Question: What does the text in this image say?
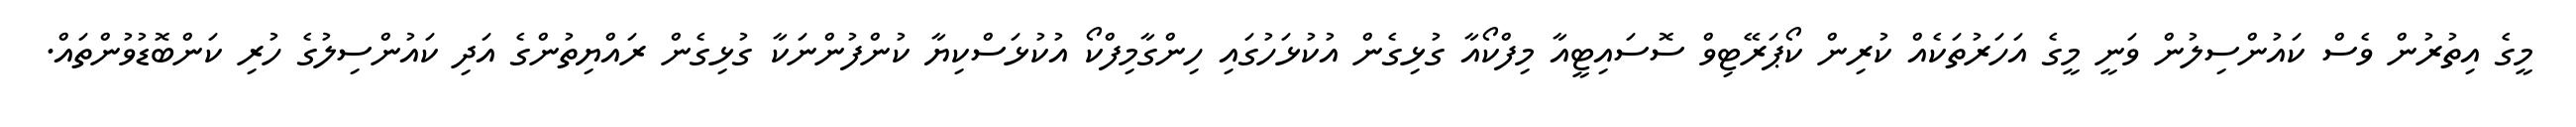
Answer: މީގެ އިތުރުން ވެސް ކައުންސިލުން ވަނީ މީގެ އަހަރުތަކެއް ކުރިން ކޯޕަރޭޓިވް ސޮސައިޓީއާ މިފްކޯއާ ގުޅިގެން އުކުޅަހުގައި ހިންގާމިފްކޯ އުކުޅަސްކިޔާ ކުންފުންނަކާ ގުޅިގެން ރައްޔިތުންގެ އަދި ކައުންސިލުގެ ހުރި ކަންބޮޑުވުންތައް.